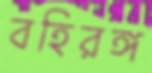
বহিরঙ্গ